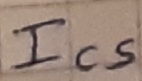
Text: Ics